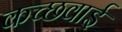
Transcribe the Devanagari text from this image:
कच्छवाई